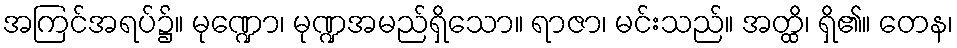
အကြင်အရပ်၌။ မုဏ္ဍော၊ မုဏ္ဍအမည်ရှိသော။ ရာဇာ၊ မင်းသည်။ အတ္ထိ၊ ရှိ၏။ တေန၊